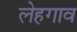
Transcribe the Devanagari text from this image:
लेहगाव